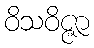
ဝိသဝိဇ္ဇာ